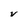
Character: V